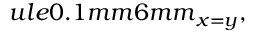
ule { 0.1 mm } { 6 mm } _ { x = y } ,